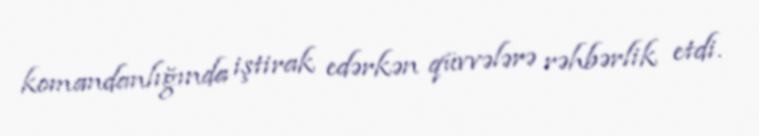
komandanlığında iştirak edərkən qüvvələrə rəhbərlik etdi.